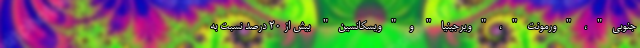
جنوبی"، "ورمونت"، "ویرجینیا" و "ویسکانسین" بیش از 20 درصد نسبت به